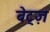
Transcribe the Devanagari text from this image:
बेट्ज़